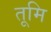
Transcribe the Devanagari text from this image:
तूमि